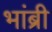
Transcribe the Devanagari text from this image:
भांब्री